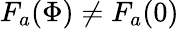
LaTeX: F_{a}(\Phi)\neq F_{a}(0)